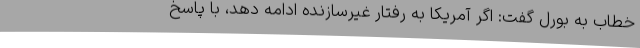
خطاب به بورل گفت: اگر آمریکا به رفتار غیرسازنده ادامه دهد، با پاسخ